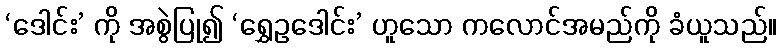
‘ဒေါင်း’ ကို အစွဲပြု၍ ‘ရွှေဥဒေါင်း’ ဟူသော ကလောင်အမည်ကို ခံယူသည်။